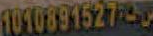
1010891527250